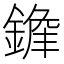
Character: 𨪭